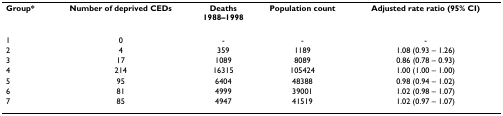
<table><thead><tr><td><b>Group*</b></td><td><b>Number of deprived CEDs</b></td><td><b>Deaths1988–1998</b></td><td><b>Population count</b></td><td><b>Adjusted rate ratio (95% CI)</b></td></tr></thead><tbody><tr><td>1</td><td>0</td><td>-</td><td>-</td><td>-</td></tr><tr><td>2</td><td>4</td><td>359</td><td>1189</td><td>1.08 (0.93 – 1.26)</td></tr><tr><td>3</td><td>17</td><td>1089</td><td>8089</td><td>0.86 (0.78 – 0.93)</td></tr><tr><td>4</td><td>214</td><td>16315</td><td>105424</td><td>1.00 (1.00 – 1.00)</td></tr><tr><td>5</td><td>95</td><td>6404</td><td>48388</td><td>0.98 (0.94 – 1.02)</td></tr><tr><td>6</td><td>81</td><td>4999</td><td>39001</td><td>1.02 (0.98 – 1.07)</td></tr><tr><td>7</td><td>85</td><td>4947</td><td>41519</td><td>1.02 (0.97 – 1.07)</td></tr></tbody></table>